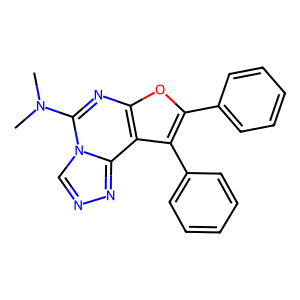
SMILES: CN(C)c1nc2oc(-c3ccccc3)c(-c3ccccc3)c2c2nncn12
Inhibits HIV replication: No